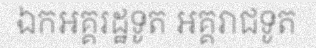
ឯកអគ្គរដ្ឋទូត អគ្គរាជទូត